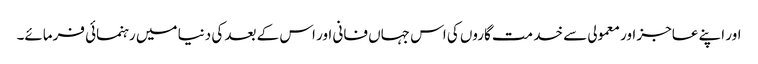
اور اپنے عاجز اور معمولی سے خد مت گاروں کی اس جہاں فانی اور اس کے بعد کی دنیا میں رہنمائی فرمائے۔